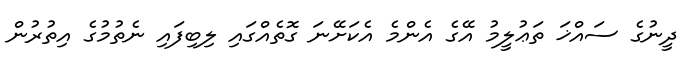
ދީނުގެ ސައްޚަ ތަޢުލީމު އޭގެ އެންމެ އެކަށޭނަ ގޮތެއްގައި ލިބިފައި ނެތުމުގެ އިތުރުން